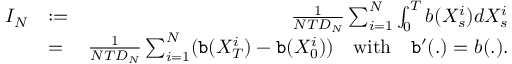
\begin{array} { r l r } { I _ { N } } & { : = } & { \frac { 1 } { N T D _ { N } } \sum _ { i = 1 } ^ { N } \int _ { 0 } ^ { T } b ( X _ { s } ^ { i } ) d X _ { s } ^ { i } } \\ & { = } & { \frac { 1 } { N T D _ { N } } \sum _ { i = 1 } ^ { N } ( { \tt b } ( X _ { T } ^ { i } ) - { \tt b } ( X _ { 0 } ^ { i } ) ) \quad \mathrm { w i t h } \quad { \tt b } ^ { \prime } ( . ) = b ( . ) . } \end{array}